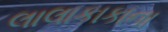
લાલાકાકાના